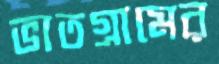
ভাতগ্রামের